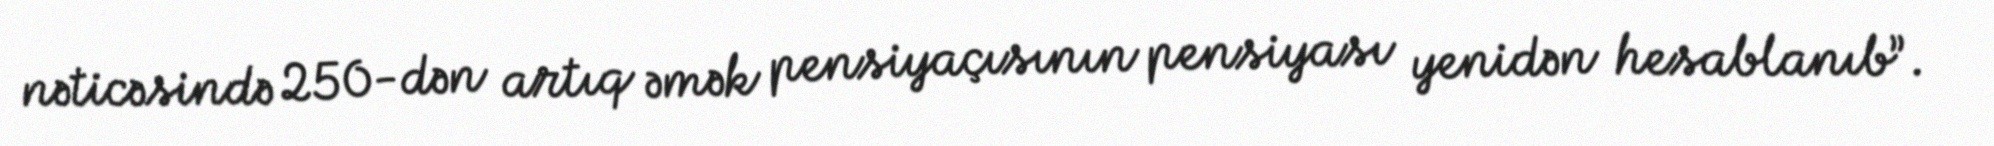
nəticəsində 250-dən artıq əmək pensiyaçısının pensiyası yenidən hesablanıb”.